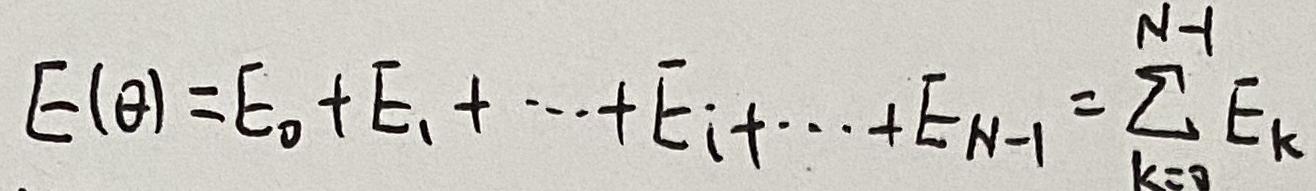
$E(\theta)=E_0 + E_1+\cdots+E_i+\cdots+E_{N - 1}=\sum_{k = 0}^{N - 1}E_k$